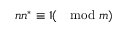
n n ^ { * } \equiv 1 ( \mod m )